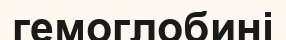
гемоглобині